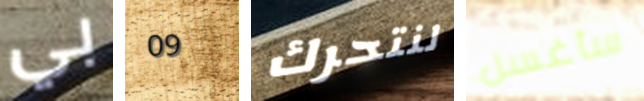
بي 09 لنتحرك سأغسل